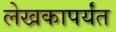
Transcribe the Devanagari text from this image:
लेखकापर्यंत